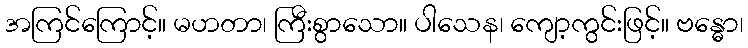
အကြင်ကြောင့်။ မဟတာ၊ ကြီးစွာသော။ ပါသေန၊ ကျော့ကွင်းဖြင့်။ ဗန္ဓော၊